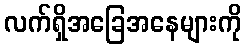
လက်ရှိအခြေအနေများကို